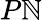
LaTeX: P\mathbb{N}